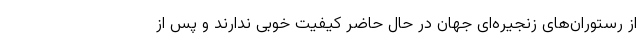
از رستوران‌های زنجیره‌ای جهان در حال حاضر کیفیت خوبی ندارند و پس از